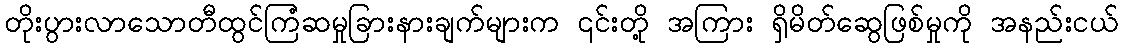
တိုးပွားလာသောတီထွင်ကြံဆမှုခြားနားချက်များက ၎င်းတို့ အကြား ရှိမိတ်ဆွေဖြစ်မှုကို အနည်းငယ်